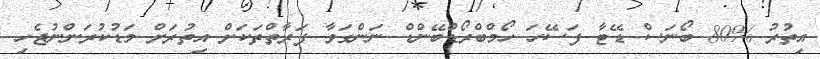
އިތުރު %80 ބޯނަސް ޑޭޓާ ފަސޭހަ ހޯމްބްރޯޑްބޭންޑް ނަންގަވާ ފަރާތްތަކަށް އިތުރަށް މަޑުކުރަންނުޖެހި